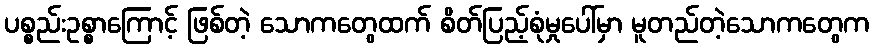
ပစ္စည်းဥစ္စာကြောင့် ဖြစ်တဲ့ သောကတွေထက် စိတ်ပြည့်စုံမှုပေါ်မှာ မူတည်တဲ့သောကတွေက